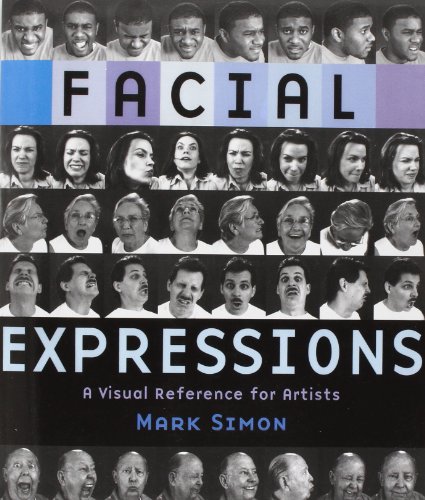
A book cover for Facial Expressions: A Visual Reference for Artists; Mark Simon; Arts & Photography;